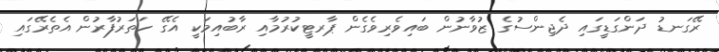
ރޭގަނޑު ދަންގަޑީގައި ދެޖިންސުގެ ޒުވާނުން ބައިވެރިވެގެން ޕާރޓީކުރުމާއި ރާބުއިމަކީ އެގޭ ހަތަރުފާރުން އެތެރޭގައި